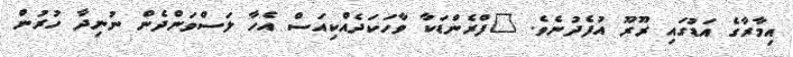
އިމާރާގެ އަޑުގައި ރޫރޫ އުފެދުނެވެ. "ފްރެންޑަކާ ވާހަކަދެއްކިއަސް އެހާ ލަސްވަންދެން ނުނިދާ ހުރުން